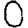
Digit: 0